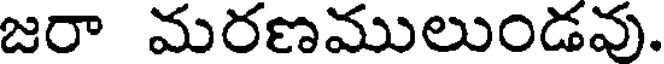
జరా మరణములుండవు.